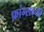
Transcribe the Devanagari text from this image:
फ्रांन्सच्या